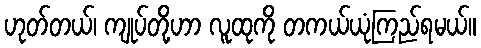
ဟုတ်တယ်၊ ကျုပ်တို့ဟာ လူထုကို တကယ်ယုံကြည်ရမယ်။